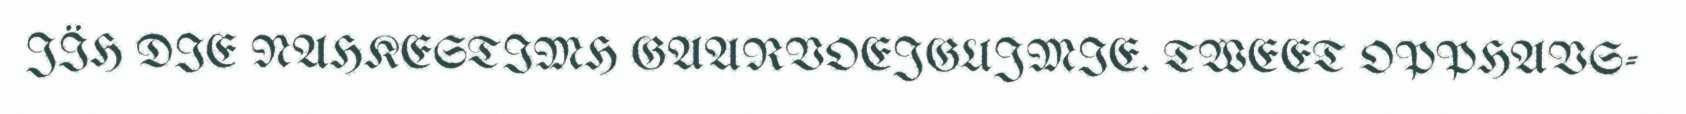
JÏH DIE NAHKESTIMH GAARVOEJGUJMIE. TWEET OPPHAVS-